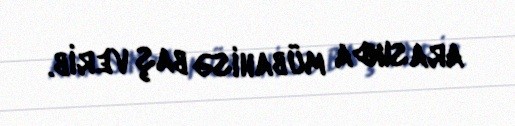
arasında mübahisə baş verib.